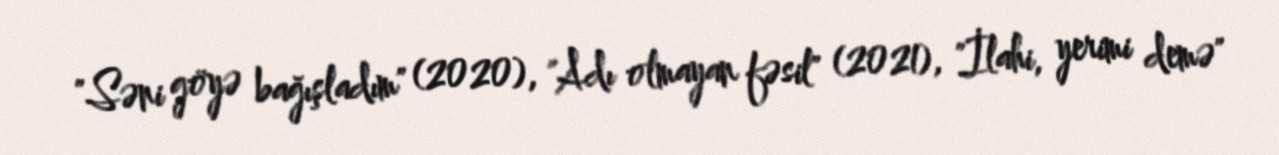
"Səni göyə bağışladım" (2020), "Adı olmayan fəsil" (2021), "İlahi, yerimi demə"